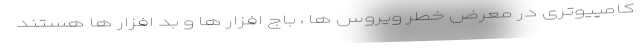
کامپیوتری در معرض خطر ویروس ها ، باج افزار ها و بد افزار ها هستند